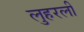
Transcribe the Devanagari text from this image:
लुहरली